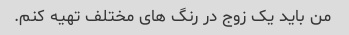
من باید یک زوج در رنگ های مختلف تهیه کنم.